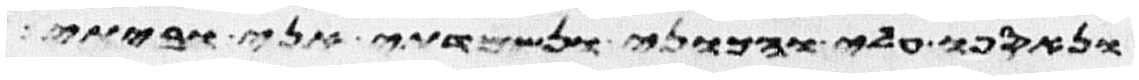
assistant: ונאספו עלי והכוני ונשמדתי אני וביתי